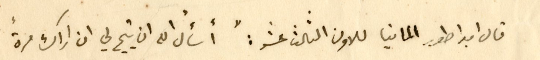
قال امبراطور المانيا للاون الثالث عشر : " أسألُ الله ان يتيح لي ان اراك مرةً